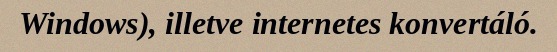
Windows), illetve internetes konvertáló.